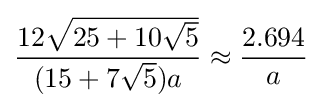
{\frac {12{\sqrt {25+10{\sqrt {5}}}}}{(15+7{\sqrt {5}})a}}\approx {\frac {2.694}{a}}